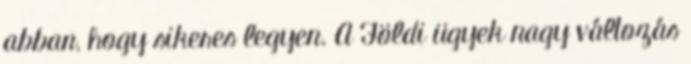
abban, hogy sikeres legyen. A Földi ügyek nagy változás